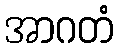
အာဂတံ